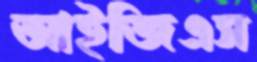
আইজিএস